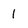
Character: 1